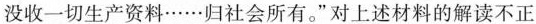
没收一切生产资料……归社会所有。”对上述材料的解读不正